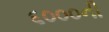
૬૦૦૦ની